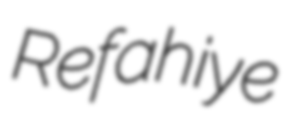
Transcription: Refahiye